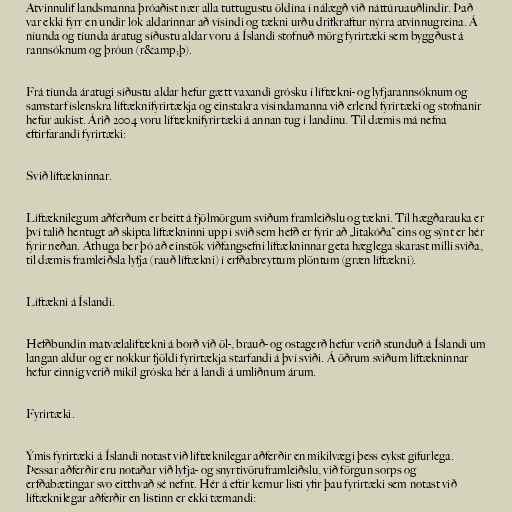
Atvinnulíf landsmanna þróaðist nær alla tuttugustu öldina í nálægð við náttúruauðlindir. Það
var ekki fyrr en undir lok aldarinnar að vísindi og tækni urðu drifkraftur nýrra atvinnugreina. Á
níunda og tíunda áratug síðustu aldar voru á Íslandi stofnuð mörg fyrirtæki sem byggðust á
rannsóknum og þróun (r&amp;þ).

Frá tíunda áratugi síðustu aldar hefur gætt vaxandi grósku í líftækni- og lyfjarannsóknum og
samstarf íslenskra líftæknifyrirtækja og einstakra vísindamanna við erlend fyrirtæki og stofnanir
hefur aukist. Árið 2004 voru líftæknifyrirtæki á annan tug í landinu. Til dæmis má nefna
eftirfarandi fyrirtæki:

Svið líftækninnar.

Líftæknilegum aðferðum er beitt á fjölmörgum sviðum framleiðslu og tækni. Til hægðarauka er
því talið hentugt að skipta líftækninni upp í svið sem hefð er fyrir að „litakóða“ eins og sýnt er hér
fyrir neðan. Athuga ber þó að einstök viðfangsefni líftækninnar geta hæglega skarast milli sviða,
til dæmis framleiðsla lyfja (rauð líftækni) í erfðabreyttum plöntum (græn líftækni).

Líftækni á Íslandi.

Hefðbundin matvælalíftækni á borð við öl-, brauð- og ostagerð hefur verið stunduð á Íslandi um
langan aldur og er nokkur fjöldi fyrirtækja starfandi á því sviði. Á öðrum sviðum líftækninnar
hefur einnig verið mikil gróska hér á landi á umliðnum árum.

Fyrirtæki.

Ýmis fyrirtæki á Íslandi notast við líftæknilegar aðferðir en mikilvægi þess eykst gífurlega.
Þessar aðferðir eru notaðar við lyfja- og snyrtivöruframleiðslu, við förgun sorps og
erfðabætingar svo eitthvað sé nefnt. Hér á eftir kemur listi yfir þau fyrirtæki sem notast við
líftæknilegar aðferðir en listinn er ekki tæmandi: